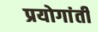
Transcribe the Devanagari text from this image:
प्रयोगांती